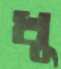
খু